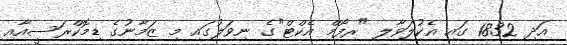
އަދި 1832 ގައި އެކުލަވާލި "ރިފޯމް އެކްޓް"ގެ ނިވަލުގައި މި ޒަމާނުގެ ޑިމޮކްރަސީއާއި